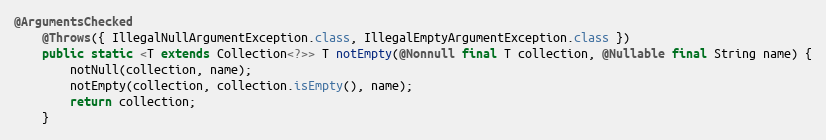
Language: Java
@ArgumentsChecked
	@Throws({ IllegalNullArgumentException.class, IllegalEmptyArgumentException.class })
	public static <T extends Collection<?>> T notEmpty(@Nonnull final T collection, @Nullable final String name) {
		notNull(collection, name);
		notEmpty(collection, collection.isEmpty(), name);
		return collection;
	}